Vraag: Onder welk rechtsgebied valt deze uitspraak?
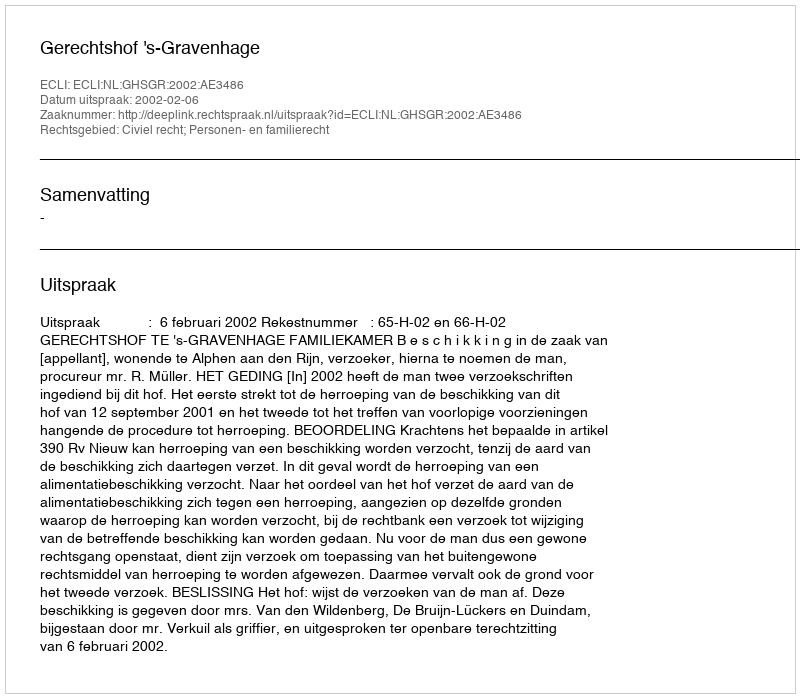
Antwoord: Civiel recht; Personen- en familierecht